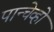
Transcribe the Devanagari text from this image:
पान्चेव्हो